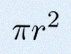
\pi r^2